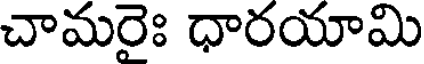
చామరైః ధారయామి